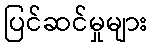
ပြင်ဆင်မှုများ